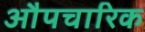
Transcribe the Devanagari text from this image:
औपचारिक